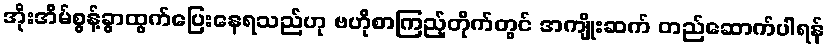
အိုးအိမ်စွန့်ခွာထွက်ပြေးနေရသည်ဟု ဗဟိုစာကြည့်တိုက်တွင် အကျိုးဆက် တည်ဆောက်ပါရန်